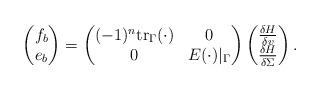
LaTeX: \begin{align*} \begin{aligned} \begin{pmatrix} f_{b} \\ e_{b} \end{pmatrix} = \begin{pmatrix} (-1)^{n}\mathrm{tr}_{\Gamma}(\cdot)&0 \\ 0& E(\cdot)|_{\Gamma} \end{pmatrix} \begin{pmatrix} \frac{\delta H}{\delta v} \\ \frac{\delta H}{\delta\Sigma} \end{pmatrix}. \end{aligned} \end{align*}